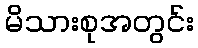
မိသားစုအတွင်း